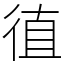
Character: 徝